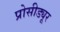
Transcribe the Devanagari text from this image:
प्रोसीड्यूर